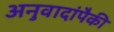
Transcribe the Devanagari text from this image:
अनुवादांपैकी